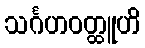
သင်္ဂဟဝတ္ထူဟိ